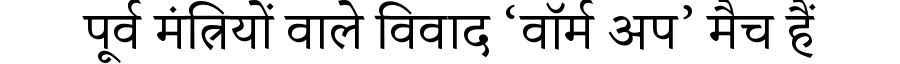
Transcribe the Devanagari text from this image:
पूर्व मंत्रियों वाले विवाद ‘वॉर्म अप’ मैच हैं